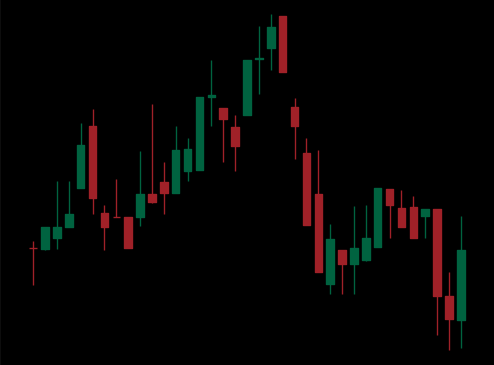
Pattern: head_shoulders